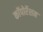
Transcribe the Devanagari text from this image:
काॅपोर्रेशन